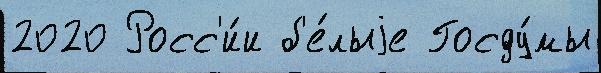
2020 Росс'и́и б'е́лыjе Госду́мы